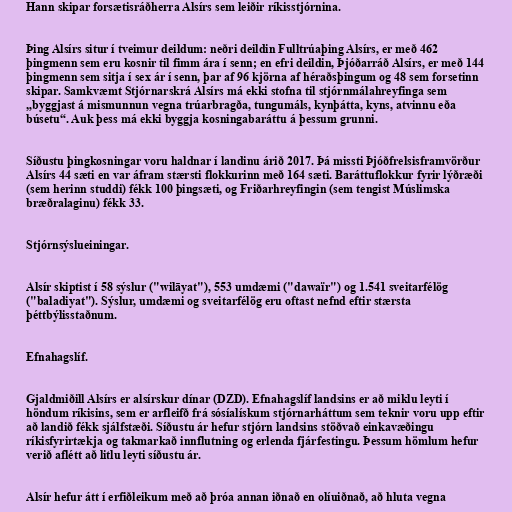
Hann skipar forsætisráðherra Alsírs sem leiðir ríkisstjórnina.

Þing Alsírs situr í tveimur deildum: neðri deildin Fulltrúaþing Alsírs, er með 462
þingmenn sem eru kosnir til fimm ára í senn; en efri deildin, Þjóðarráð Alsírs, er með 144
þingmenn sem sitja í sex ár í senn, þar af 96 kjörna af héraðsþingum og 48 sem forsetinn
skipar. Samkvæmt Stjórnarskrá Alsírs má ekki stofna til stjórnmálahreyfinga sem
„byggjast á mismunnun vegna trúarbragða, tungumáls, kynþátta, kyns, atvinnu eða
búsetu“. Auk þess má ekki byggja kosningabaráttu á þessum grunni.

Síðustu þingkosningar voru haldnar í landinu árið 2017. Þá missti Þjóðfrelsisframvörður
Alsírs 44 sæti en var áfram stærsti flokkurinn með 164 sæti. Baráttuflokkur fyrir lýðræði
(sem herinn studdi) fékk 100 þingsæti, og Friðarhreyfingin (sem tengist Múslimska
bræðralaginu) fékk 33.

Stjórnsýslueiningar.

Alsír skiptist í 58 sýslur ("wilāyat"), 553 umdæmi ("dawaïr") og 1.541 sveitarfélög
("baladiyat"). Sýslur, umdæmi og sveitarfélög eru oftast nefnd eftir stærsta
þéttbýlisstaðnum.

Efnahagslíf.

Gjaldmiðill Alsírs er alsírskur dínar (DZD). Efnahagslíf landsins er að miklu leyti í
höndum ríkisins, sem er arfleifð frá sósíalískum stjórnarháttum sem teknir voru upp eftir
að landið fékk sjálfstæði. Síðustu ár hefur stjórn landsins stöðvað einkavæðingu
ríkisfyrirtækja og takmarkað innflutning og erlenda fjárfestingu. Þessum hömlum hefur
verið aflétt að litlu leyti síðustu ár.

Alsír hefur átt í erfiðleikum með að þróa annan iðnað en olíuiðnað, að hluta vegna